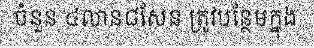
ចំនួន ៤លាន៨សែន ត្រូវបន្ថែមក្នុង